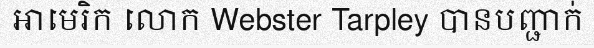
អាមេរិក លោក Webster Tarpley បានបញ្ជាក់